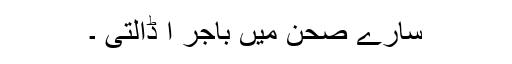
سارے صحن میں باجر ا ڈالتی ۔